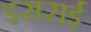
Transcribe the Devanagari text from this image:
इसराई